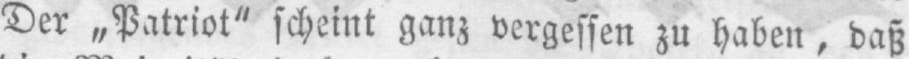
Der „Patriot“ scheint ganz vergessen zu haben, daß